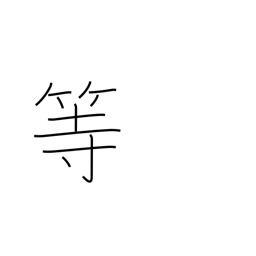
Meaning: etc.